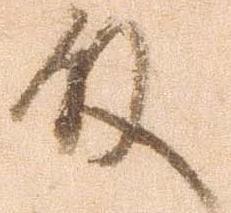
殿